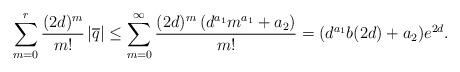
LaTeX: \begin{align*}\sum_{m=0}^{r}\frac{(2d)^m}{m!}\left|\overline{q}\right|\leq \sum_{m=0}^{\infty}\frac{(2d)^m\left(d^{a_1}m^{a_1}+a_2\right)}{m!}=(d^{a_1}b(2d)+a_2)e^{2d}.\end{align*}